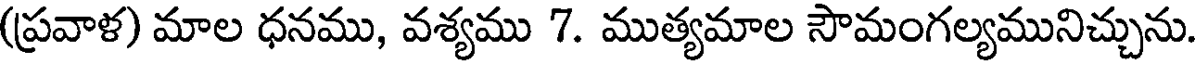
(ప్రవాళ) మాల ధనము, వశ్యము 7. ముత్యమాల సౌమంగల్యమునిచ్చును.